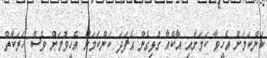
ކަންކަމަށް އެހީވާ ކަމަށާއި އާކްއާ ގުޅިގެން އެފަދަ ކަންކަމަށް އެހީވުމަށް ވެސް ހަރަކާތް